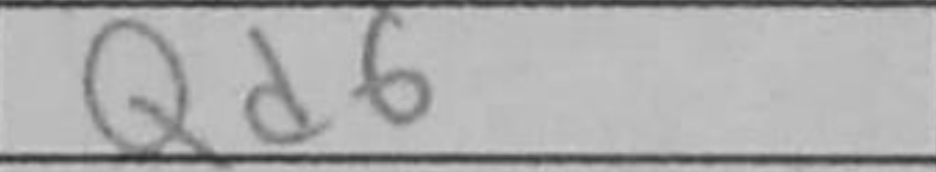
Transcription: Qd6